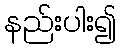
နည်းပါး၍